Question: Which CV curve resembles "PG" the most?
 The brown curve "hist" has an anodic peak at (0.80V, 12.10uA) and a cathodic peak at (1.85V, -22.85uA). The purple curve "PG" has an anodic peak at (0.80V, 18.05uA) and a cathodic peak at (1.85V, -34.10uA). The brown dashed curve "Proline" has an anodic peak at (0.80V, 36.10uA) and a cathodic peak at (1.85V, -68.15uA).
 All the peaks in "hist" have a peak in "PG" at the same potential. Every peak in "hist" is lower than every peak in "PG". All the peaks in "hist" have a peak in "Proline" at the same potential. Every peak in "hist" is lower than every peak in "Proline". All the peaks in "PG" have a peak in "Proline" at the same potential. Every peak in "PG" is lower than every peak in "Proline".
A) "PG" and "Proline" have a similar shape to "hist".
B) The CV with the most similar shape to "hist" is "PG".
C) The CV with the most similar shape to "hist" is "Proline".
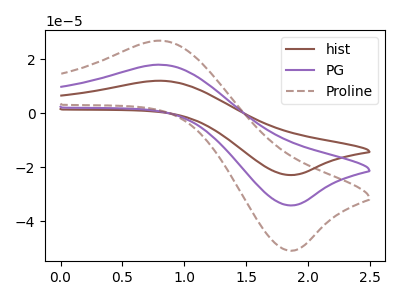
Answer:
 <answer>A) "PG" and "Proline" have a similar shape to "hist".</answer>
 <eval>A</eval>